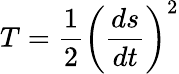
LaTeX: T={\frac{1}{2}}\left({\frac{ds}{dt}}\right)^{2}